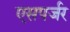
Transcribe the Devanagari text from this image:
एसपर्जर